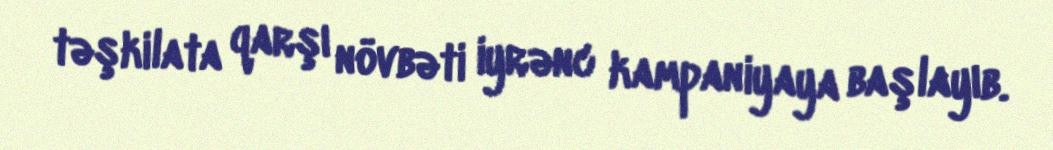
təşkilata qarşı növbəti iyrənc kampaniyaya başlayıb.